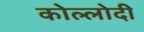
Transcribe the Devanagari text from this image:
कोल्लोदी